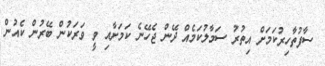
ސާފުތާހިރުކަމަށް އިތުރު ސަމާލުކަމެއް ދޭން ޖެހޭނެ ކަމަށާއި ވީ ވަރަކުން ބޭރުން ކެއުން